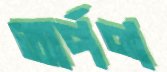
অর্পণ